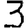
Digit: 3